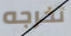
تخرجه